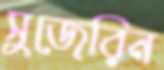
সুজেরিন